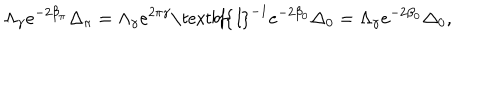
LaTeX: \Lambda _ { \gamma } e ^ { - 2 \beta _ { \pi } } \Delta _ { \pi } = \Lambda _ { \gamma } e ^ { 2 \pi \gamma } \textit { \textbf { I } } ^ { - 1 } e ^ { - 2 \beta _ { 0 } } \Delta _ { 0 } = \Lambda _ { \gamma } e ^ { - 2 \beta _ { 0 } } \Delta _ { 0 } ,